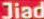
Jiad